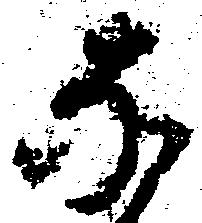
な